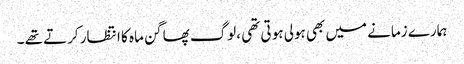
ہمارے زمانے میں بھی ہولی ہو تی تھی ،لوگ پھاگن ماہ کا انتظار کرتے تھے ۔